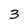
Character: 3